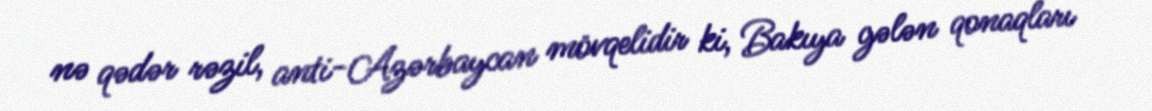
nə qədər rəzil, anti-Azərbaycan mövqelidir ki, Bakıya gələn qonaqları